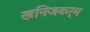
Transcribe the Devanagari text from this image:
खनिजकर्म